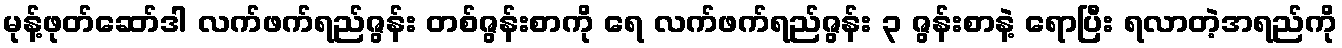
မုန့်ဖုတ်ဆော်ဒါ လက်ဖက်ရည်ဇွန်း တစ်ဇွန်းစာကို ရေ လက်ဖက်ရည်ဇွန်း ၃ ဇွန်းစာနဲ့ ရောပြီး ရလာတဲ့အရည်ကို